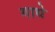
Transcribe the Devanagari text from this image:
गाधे